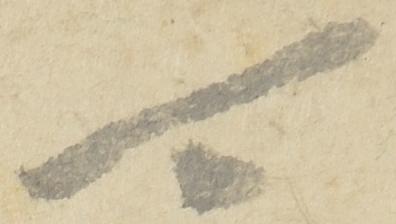
可